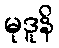
မုဒူနိ